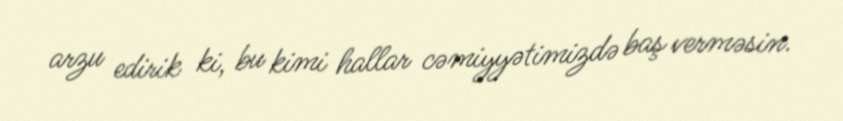
arzu edirik ki, bu kimi hallar cəmiyyətimizdə baş verməsin.